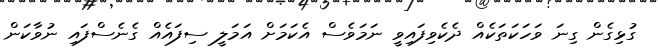
ގުޅިގެން ގިނަ ވަހަކަތަކެއް ދެކެވިފައިވީ ނަމަވެސް އެކަމަށް އަމަލީ ސިފައެއް ގެނެސްފައި ނުވާކަން